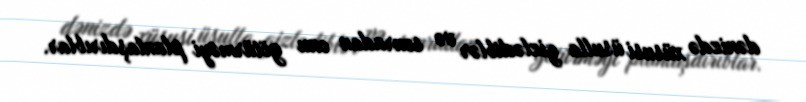
dənizdə xüsusi üsulla gizlədiblər və sonradan onu götürməyi planlaşdırıblar.